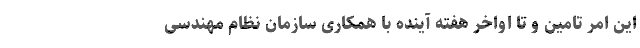
این امر تامین و تا اواخر هفته آینده با همکاری سازمان نظام مهندسی